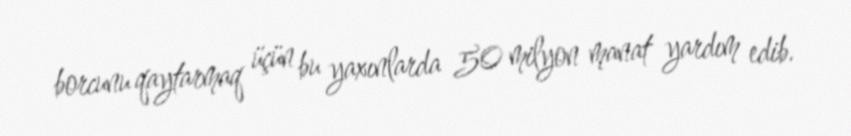
borcunu qaytarmaq üçün bu yaxınlarda 50 milyon manat yardım edib.